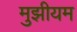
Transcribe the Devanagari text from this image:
मुझीयम